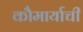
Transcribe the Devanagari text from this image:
कौमार्याची